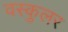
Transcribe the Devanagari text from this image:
वस्कुलर